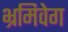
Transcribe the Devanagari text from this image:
भ्रमिवेग